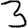
Digit: 3